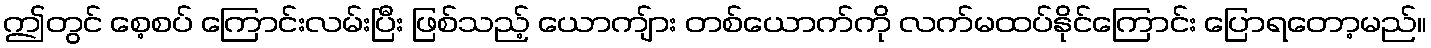
ဤတွင် စေ့စပ် ကြောင်းလမ်းပြီး ဖြစ်သည့် ယောကျ်ား တစ်ယောက်ကို လက်မထပ်နိုင်ကြောင်း ပြောရတော့မည်။